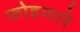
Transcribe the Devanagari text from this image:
फोडणारे